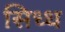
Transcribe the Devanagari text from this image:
सिध्ध